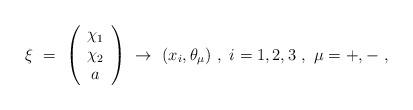
LaTeX: \begin{align*}\xi \ =\ \left( \begin{array}{c}\chi_1 \\\chi_2 \\a \end{array} \right) \ \to \ (x_i , \theta_{\mu} )\ ,\ i=1,2,3\ ,\ \mu = +,-\ ,\end{align*}